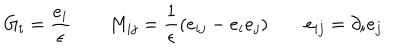
LaTeX: G _ { i } = \frac { e _ { i } } \epsilon \qquad M _ { i j } = \frac 1 \epsilon ( e _ { i j } - e _ { i } e _ { j } ) \qquad e _ { i j } = \partial _ { i } e _ { j }